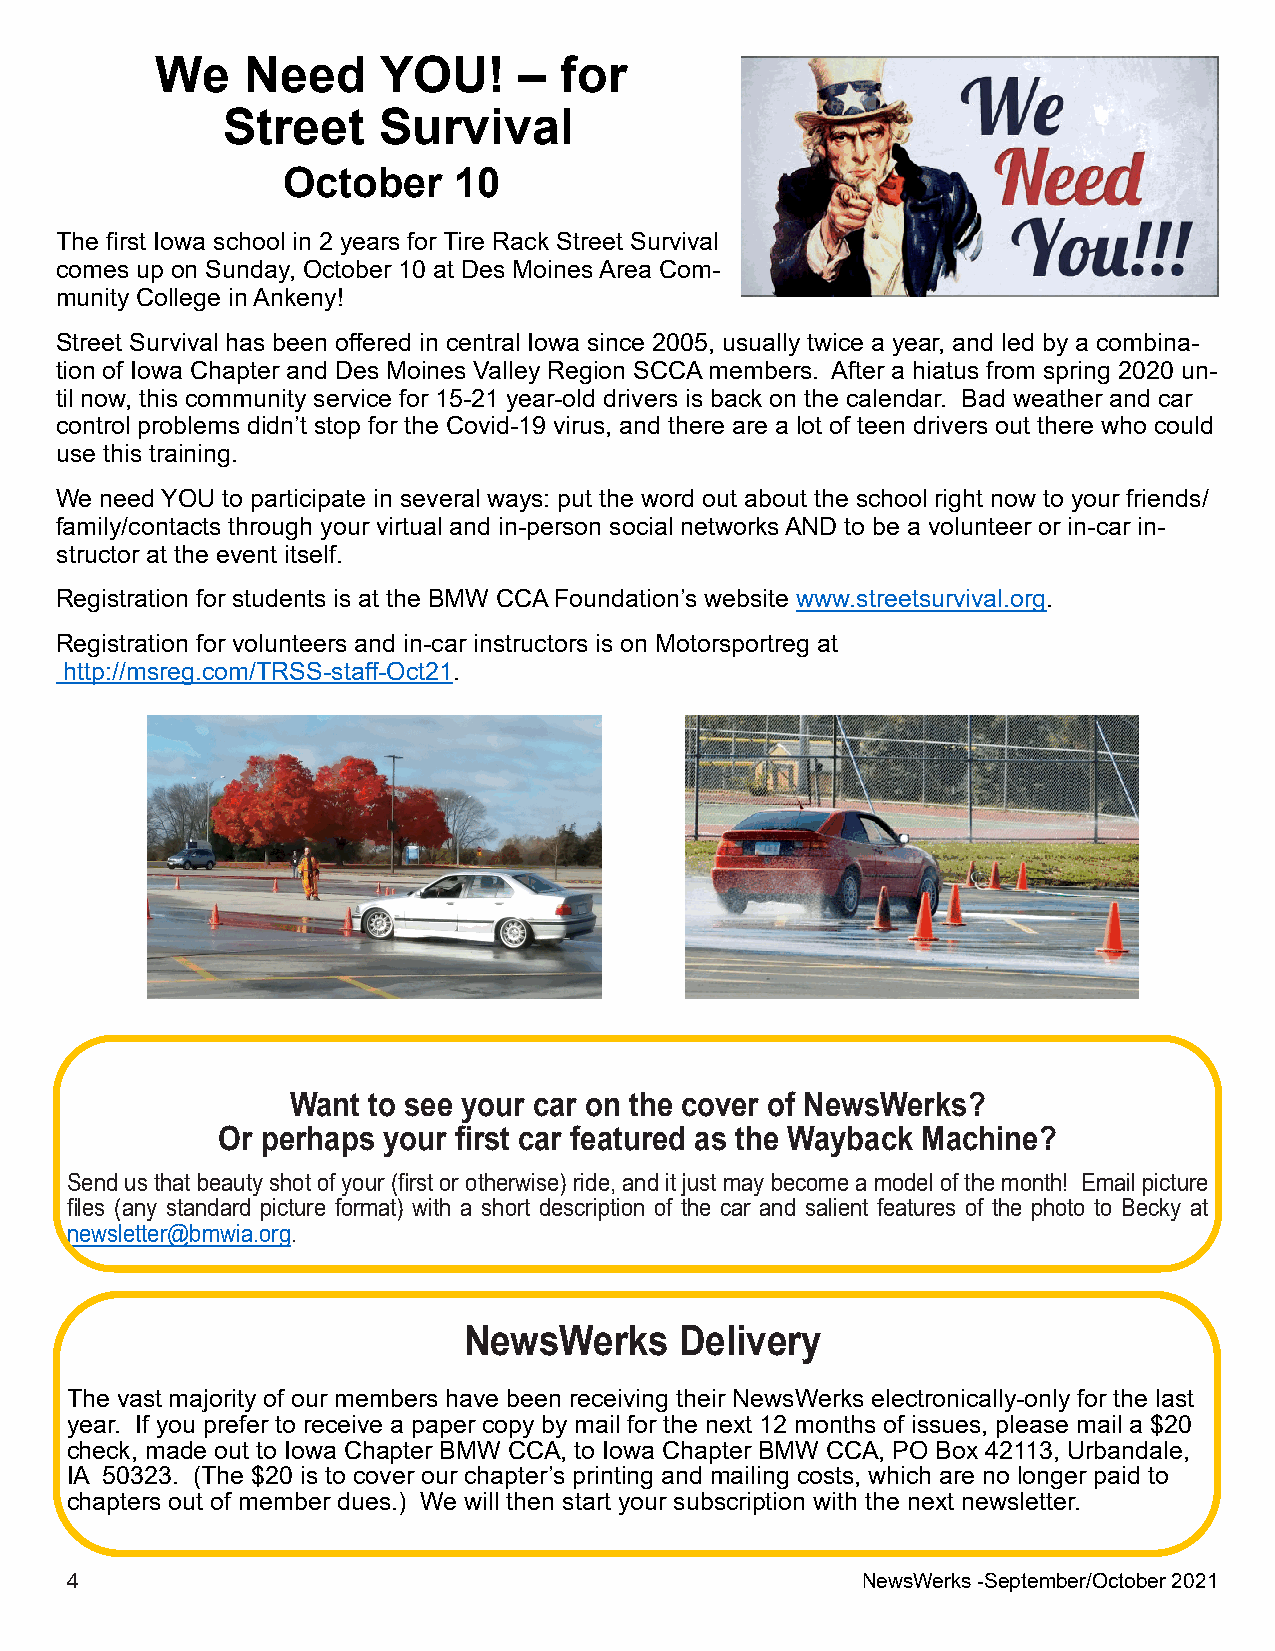
We    Need     YOU!     –  for
 Street    Survival
 October    10
 The first Iowa school in 2 years for Tire Rack Street Survival
 comes up on Sunday, October 10 at Des MoinesArea Com-
 munity College inAnkeny!
 Street Survival has been offered in central Iowa since 2005, usually twice a year, and led by a combina-
 tion of Iowa Chapter and Des Moines Valley Region SCCAmembers. After a hiatus from spring 2020 un-
 til now, this community service for 15-21 year-old drivers is back on the calendar. Bad weather and car
 control problems didn’t stop for the Covid-19 virus, and there are a lot of teen drivers out there who could
 use this training.
 We need YOU to participate in several ways: put the word out about the school right now to your friends/
 family/contacts through your virtual and in-person social networksAND to be a volunteer or in-car in-
 structor at the event itself.
 Registration for students is at the BMW CCAFoundation’s website www.streetsurvival.org.
 Registration for volunteers and in-car instructors is on Motorsportreg at
 http://msreg.com/TRSS-staff-Oct21.
 Want to see your car on the cover of NewsWerks?
 Or perhaps your first car featured as the Wayback Machine?
 Send usthatbeautyshotofyour(firstorotherwise)ride,and itjustmaybecome a model ofthe month! Email picture
 files (any standard picture format) with a short description of the car and salient features of the photo to Becky at
 newsletter@bmwia.org.
 NewsWerks     Delivery
 The vast majority of our members have been receiving their NewsWerks electronically-only for the last
 year. If you prefer to receive a paper copy by mail for the next 12 months of issues, please mail a $20
 check, made out to Iowa Chapter BMW CCA, to Iowa Chapter BMW CCA, PO Box 42113, Urbandale,
 IA 50323. (The $20 is to cover our chapter’s printing and mailing costs, which are no longer paid to
 chapters out of member dues.) We will then start your subscription with the next newsletter.
 4                                                    NewsWerks-September/October2021